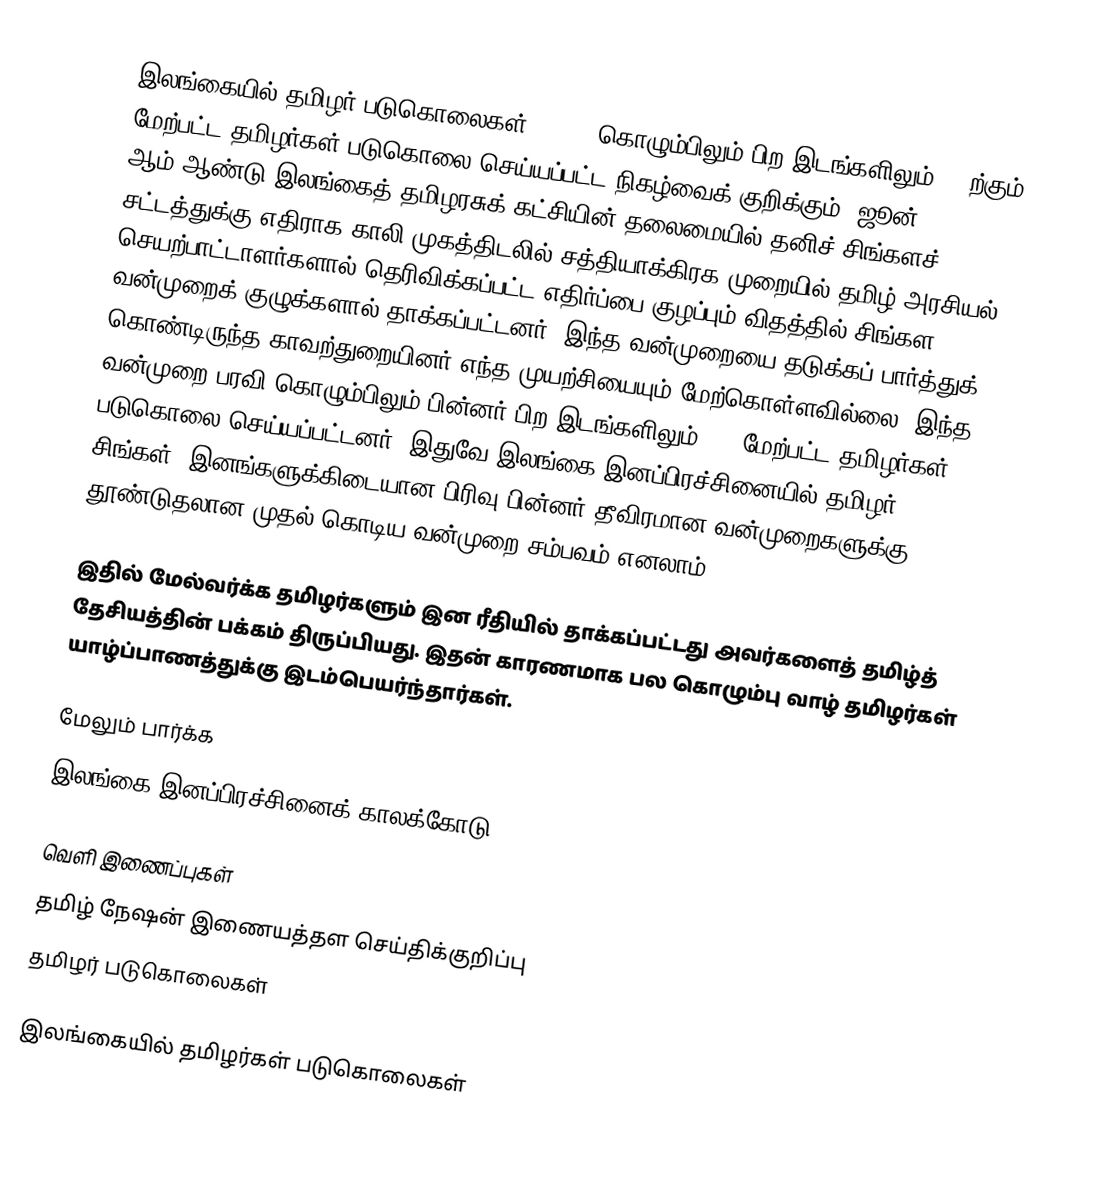
இலங்கையில் தமிழர் படுகொலைகள், 1956, கொழும்பிலும் பிற இடங்களிலும் 150ற்கும் மேற்பட்ட தமிழர்கள் படுகொலை செய்யப்பட்ட நிகழ்வைக் குறிக்கும். ஜூன் 5, 1956 ஆம் ஆண்டு இலங்கைத் தமிழரசுக் கட்சியின் தலைமையில் தனிச் சிங்களச் சட்டத்துக்கு எதிராக காலி முகத்திடலில் சத்தியாக்கிரக முறையில் தமிழ் அரசியல் செயற்பாட்டாளர்களால் தெரிவிக்கப்பட்ட எதிர்ப்பை குழப்பும் விதத்தில் சிங்கள வன்முறைக் குழுக்களால் தாக்கப்பட்டனர். இந்த வன்முறையை தடுக்கப் பார்த்துக் கொண்டிருந்த காவற்துறையினர் எந்த முயற்சியையும் மேற்கொள்ளவில்லை. இந்த வன்முறை பரவி கொழும்பிலும் பின்னர் பிற இடங்களிலும் 150 மேற்பட்ட தமிழர்கள் படுகொலை செய்யப்பட்டனர்.  இதுவே இலங்கை இனப்பிரச்சினையில் தமிழர், சிங்கள், இனங்களுக்கிடையான பிரிவு பின்னர் தீவிரமான வன்முறைகளுக்கு தூண்டுதலான முதல் கொடிய வன்முறை சம்பவம் எனலாம்.

இதில் மேல்வர்க்க தமிழர்களும் இன ரீதியில் தாக்கப்பட்டது அவர்களைத் தமிழ்த் தேசியத்தின் பக்கம் திருப்பியது.  இதன் காரணமாக பல கொழும்பு வாழ் தமிழர்கள் யாழ்ப்பாணத்துக்கு இடம்பெயர்ந்தார்கள்.

மேலும் பார்க்க
 இலங்கை இனப்பிரச்சினைக் காலக்கோடு

வெளி இணைப்புகள்
 தமிழ் நேஷன் இணையத்தள செய்திக்குறிப்பு
 தமிழர் படுகொலைகள்

இலங்கையில் தமிழர்கள் படுகொலைகள்